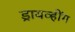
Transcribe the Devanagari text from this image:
ड्रायव्हींग